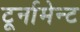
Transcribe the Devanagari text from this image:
टूर्नामेन्ट